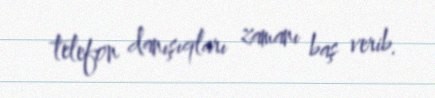
telefon danışıqları zamanı baş verib.